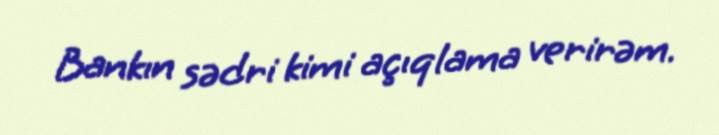
Bankın sədri kimi açıqlama verirəm.